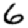
Digit: 6